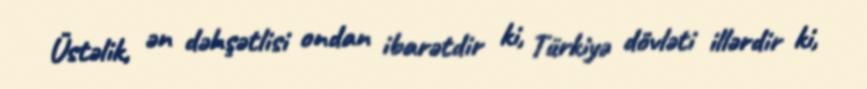
Üstəlik, ən dəhşətlisi ondan ibarətdir ki, Türkiyə dövləti illərdir ki,